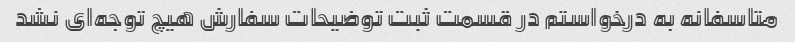
متاسفانه به درخواستم در قسمت ثبت توضیحات سفارش هیچ توجه‌ای نشد